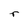
Character: r